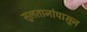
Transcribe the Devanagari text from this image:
सुलतानांपासून